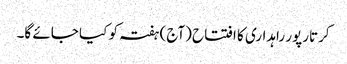
کرتارپور راہداری کا افتتاح (آج) ہفتہ کو کیا جائے گا۔